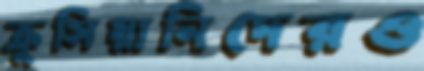
ক্রুসিয়ানিদেরও